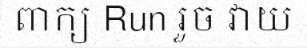
ពាក្យ Run រួច វាយ